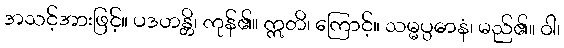
အသင့်အားဖြင့်။ ပဒဟန္တိ၊ ကုန်၏။ ဣတိ၊ ကြောင့်။ သမ္မပ္ပဓာနံ၊ မည်၏။ ဝါ၊